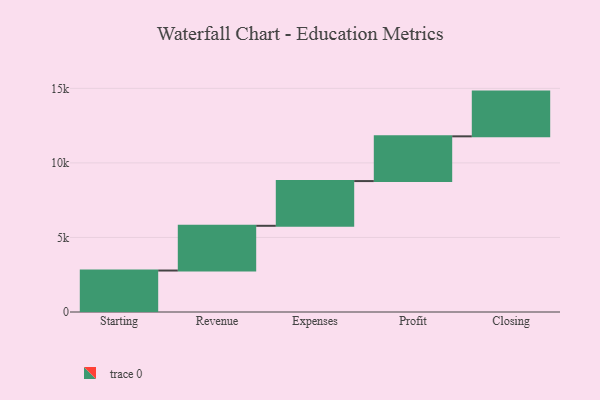
{"axis": {"x": "Step", "y": "Value"}, "legend": [""], "data": [{"x": "Starting", "y": 2781.0, "type": ""}, {"x": "Revenue", "y": 3000, "type": ""}, {"x": "Expenses", "y": 3000, "type": ""}, {"x": "Profit", "y": 3000, "type": ""}, {"x": "Closing", "y": 3000, "type": ""}]}